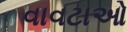
વાવટાઓ